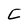
Character: c